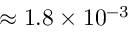
\approx 1 . 8 \times 1 0 ^ { - 3 }